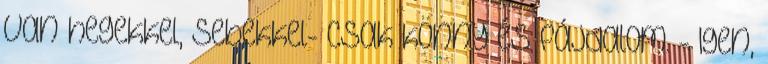
van hegekkel, sebekkel- csak könny és fájdalom. - Igen,